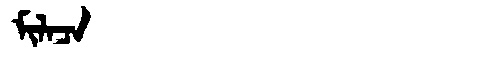
Manchu: ᠮᡳᠯᠠᠴᠠ
Romanization: MILACA